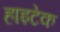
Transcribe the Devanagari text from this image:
हाइटेक